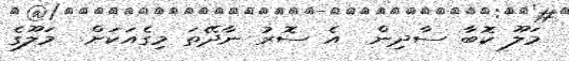
މަލޫ ކޮބާ ސާދިން  އެ ސޮރު ނާދޭތަ މިގެއަކަށް  މަލޫގެ